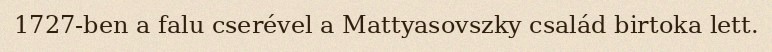
1727-ben a falu cserével a Mattyasovszky család birtoka lett.